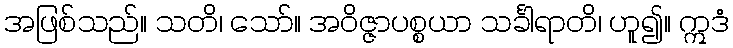
အဖြစ်သည်။ သတိ၊ သော်။ အဝိဇ္ဇာပစ္စယာ သင်္ခါရာတိ၊ ဟူ၍။ ဣဒံ